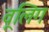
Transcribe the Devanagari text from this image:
वूलिंग